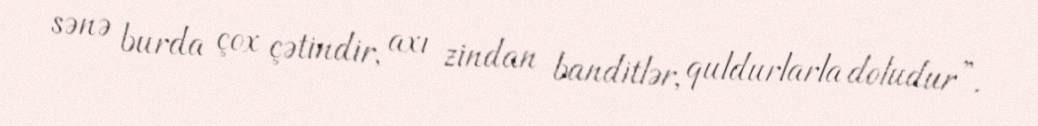
sənə burda çox çətindir, axı zindan banditlər, quldurlarla doludur”.